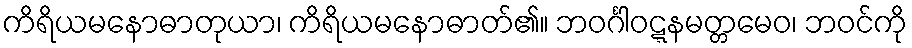
ကိရိယမနောဓာတုယာ၊ ကိရိယမနောဓာတ်၏။ ဘဝင်္ဂါဝဋ္ဋနမတ္တမေဝ၊ ဘဝင်ကို